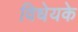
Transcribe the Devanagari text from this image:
विधेयके